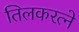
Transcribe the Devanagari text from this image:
तिलकरत्‍ने